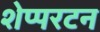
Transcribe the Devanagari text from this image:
शेप्परटन